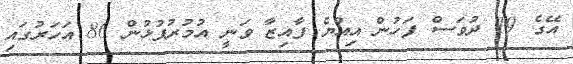
އޭގެ 19 ދުވަސް ފަހުން އިއްޔެ ފާއިޒާ ވަނީ އުމުރުފުޅުން 86 އަހަރުގައި